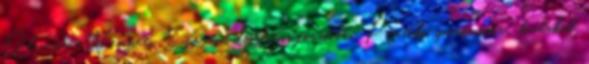
Olvassa a Nemzeti Sportot digitális formában. Pénteki sportműsor: kialakul